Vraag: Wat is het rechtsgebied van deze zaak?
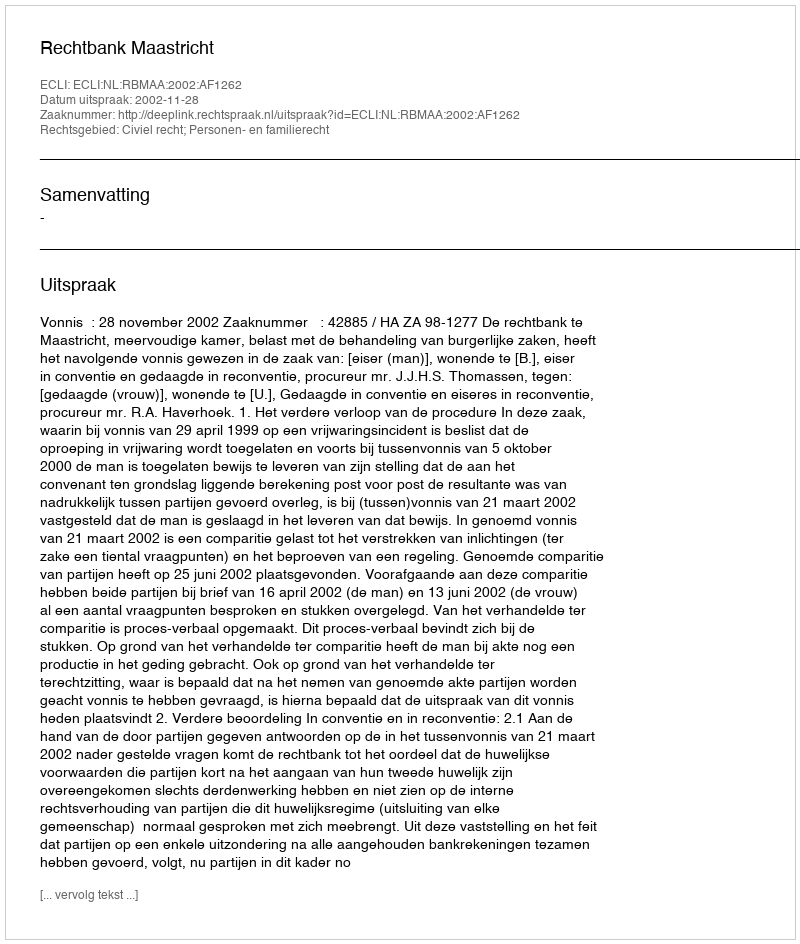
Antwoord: Civiel recht; Personen- en familierecht